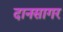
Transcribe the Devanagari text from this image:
दानसागर